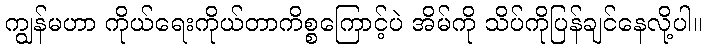
ကျွန်မဟာ ကိုယ်ရေးကိုယ်တာကိစ္စကြောင့်ပဲ အိမ်ကို သိပ်ကိုပြန်ချင်နေလို့ပါ။